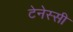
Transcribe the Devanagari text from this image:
टेनेस्सी